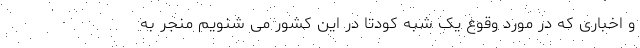
و اخباری که در مورد وقوع یک شبه کودتا در این کشور می شنویم منجر به